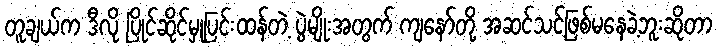
တူချယ်က ဒီလို ပြိုင်ဆိုင်မှုပြင်းထန်တဲ့ ပွဲမျိုးအတွက် ကျနော်တို့ အဆင်သင့်ဖြစ်မနေခဲ့ဘူးဆိုတာ